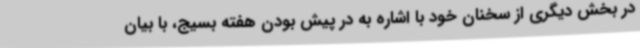
در بخش دیگری از سخنان خود با اشاره به در پیش بودن هفته بسیج، با بیان